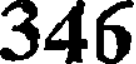
346